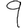
Digit: 9